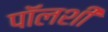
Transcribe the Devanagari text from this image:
पॉलशी